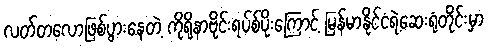
လတ်တလောဖြစ်ပွားနေတဲ့ ကိုရိုနာဗိုင်းရပ်စ်ပိုးကြောင့် မြန်မာနိုင်ငံရဲ့ဆေးရုံတိုင်းမှာ